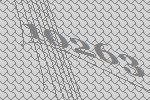
10263